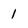
Character: 1